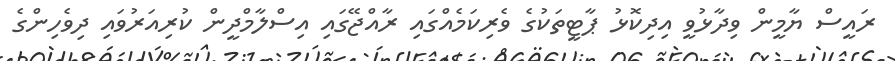
ރައީސް ޔާމީން ވިދާޅުވީ އިދިކޮޅު ޕާޓީތަކުގެ ވެރިކަމެއްގައި ރާއްޖޭގައި އިސްލާމްދީން ކުރިއަރުވައި ދިވެހިންގެ